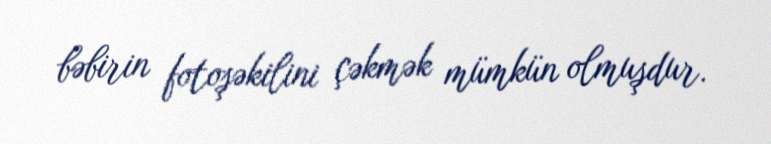
bəbirin fotoşəkilini çəkmək mümkün olmuşdur.